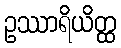
ဥဿာရိယိတ္ထ